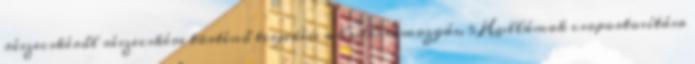
részecskéről részecskére történő terjedése a hullámmozgás. 5 Hullámok csoportosítása